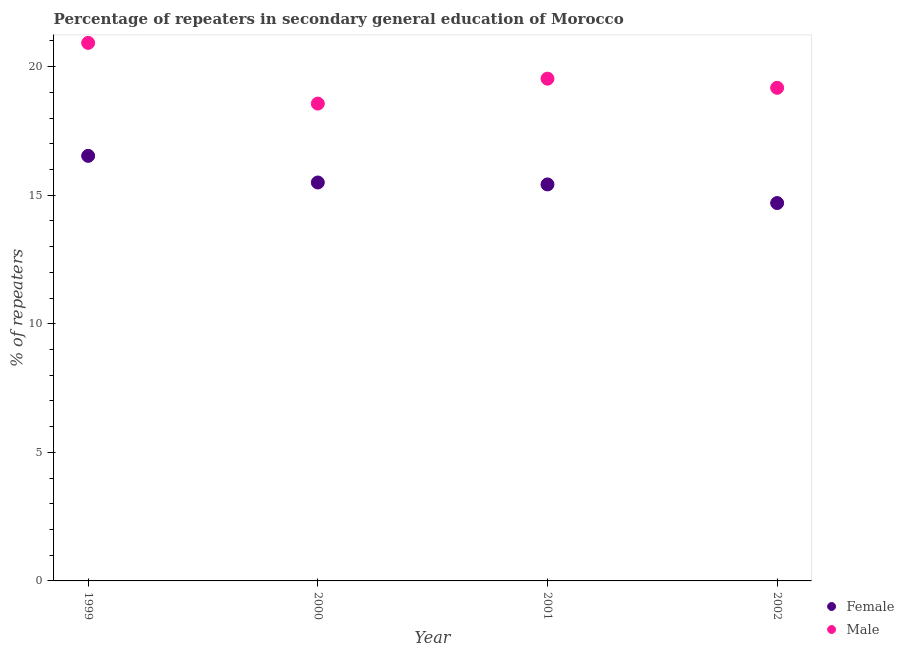
| Year | Female | Male |
 | --- | --- | --- |
 | 1999 | 16.5 | 20.9 |
 | 2000 | 15.5 | 18.6 |
 | 2001 | 15.4 | 19.5 |
 | 2002 | 14.7 | 19.2 |